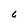
Character: 6